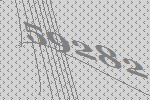
59282